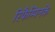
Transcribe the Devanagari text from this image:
रिफैम्पिनके